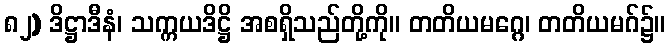
၈၂) ဒိဋ္ဌာဒီနံ၊ သက္ကယဒိဋ္ဌိ အစရှိသည်တို့ကို။ တတိယမဂ္ဂေ၊ တတိယမဂ်၌။